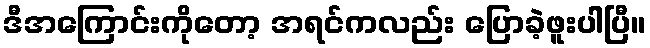
ဒီအကြောင်းကိုတော့ အရင်ကလည်း ပြောခဲ့ဖူးပါပြီ။